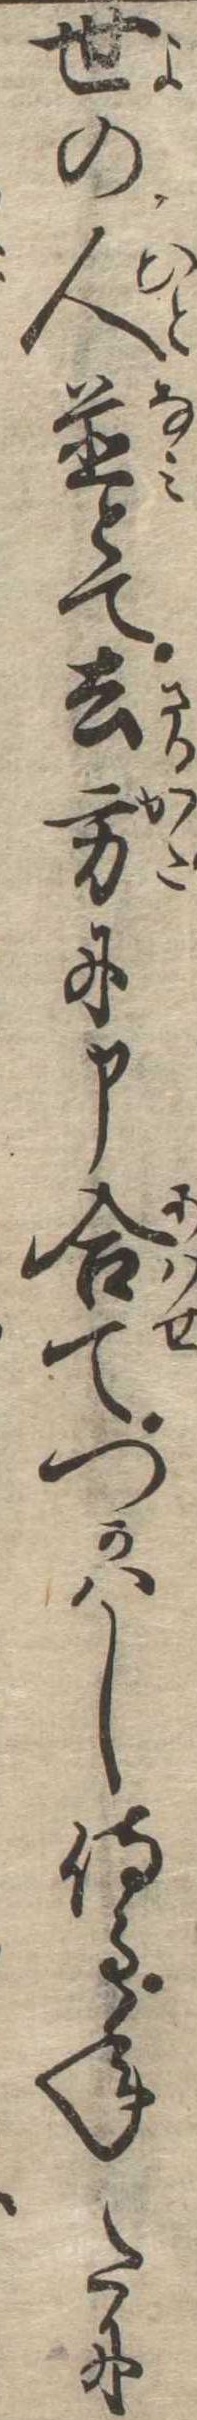
世の人並とて去方に申合てつかはし侍る年たに